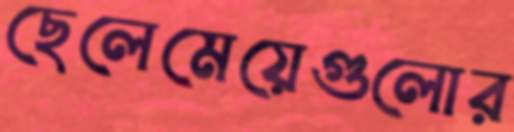
ছেলেমেয়েগুলোর